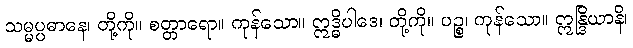
သမ္မပ္ပဓာနေ၊ တို့ကို။ စတ္တာရော။ ကုန်သော။ ဣဒ္ဓိပါဒေ၊ တို့ကို။ ပဉ္စ၊ ကုန်သော။ ဣန္ဒြိယာနိ၊